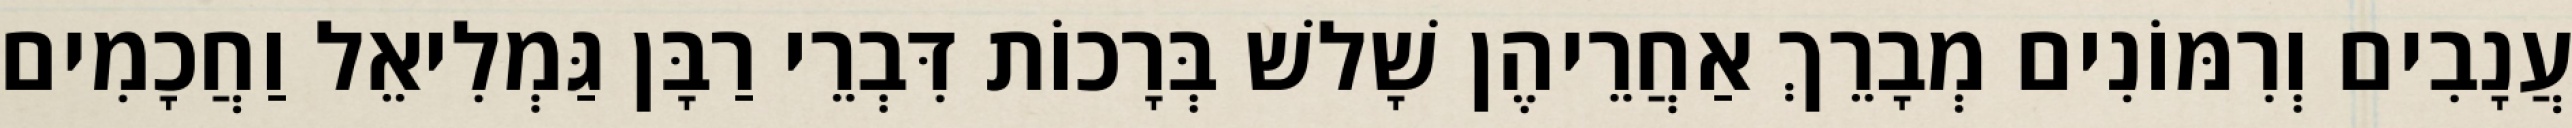
עֲנָבִים וְרִמּוֹנִים מְבָרֵךְ אַחֲרֵיהֶן שָׁלשׁ בְּרָכוֹת דִּבְרֵי רַבָּן גַּמְלִיאֵל וַחֲכָמִים